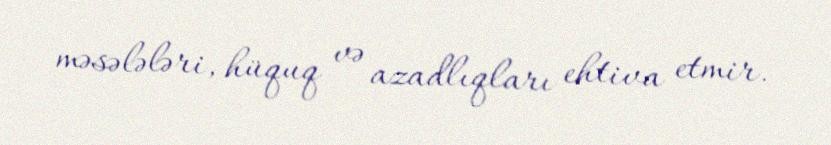
məsələləri, hüquq və azadlıqları ehtiva etmir.